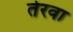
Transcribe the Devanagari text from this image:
तेरवा